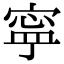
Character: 寜